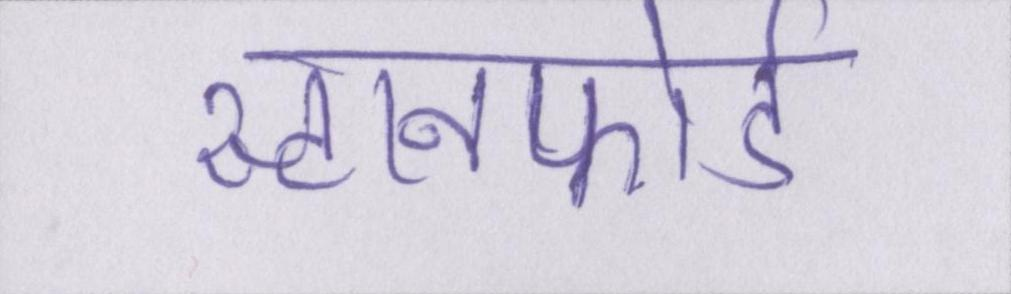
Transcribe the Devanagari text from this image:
स्टानफोर्ड